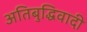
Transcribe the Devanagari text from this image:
अतिबुद्धिवादी